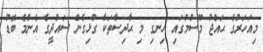
މިއަހަރުގެ ޙައްޖު މޫސުމުގައި ހިނގި މި ޙާދިސާތަކާ ގުޅިގެން ސައުދީގެ އެންމެ ބޮޑު